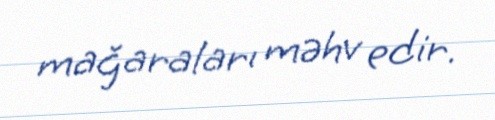
mağaraları məhv edir.